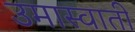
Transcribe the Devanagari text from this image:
उमास्वाती